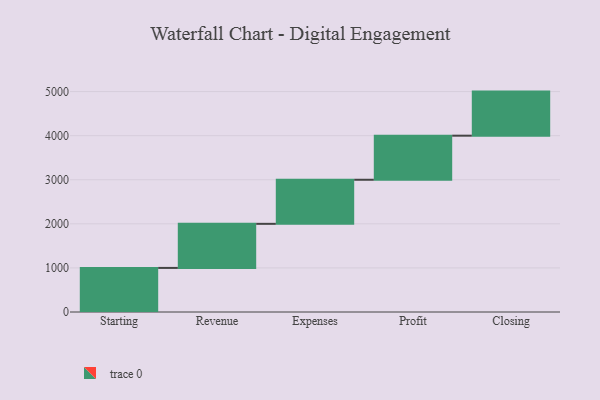
{"axis": {"x": "Step", "y": "Value"}, "legend": [""], "data": [{"x": "Starting", "y": 1000, "type": ""}, {"x": "Revenue", "y": 1000, "type": ""}, {"x": "Expenses", "y": 1000, "type": ""}, {"x": "Profit", "y": 1000, "type": ""}, {"x": "Closing", "y": 1000, "type": ""}]}